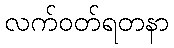
လက်ဝတ်ရတနာ